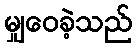
မျှဝေခဲ့သည်